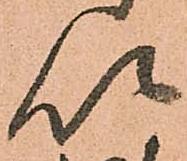
以